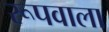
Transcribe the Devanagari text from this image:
रूपवाला